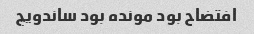
افتضاح بود مونده بود ساندویچ